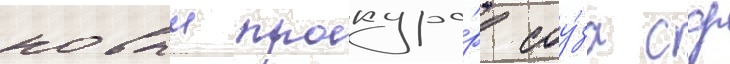
новыи прокуро́р соу́за сср